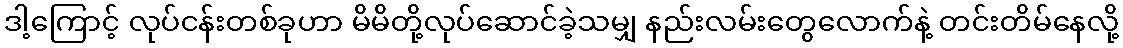
ဒါ့ကြောင့် လုပ်ငန်းတစ်ခုဟာ မိမိတို့လုပ်ဆောင်ခဲ့သမျှ နည်းလမ်းတွေလောက်နဲ့ တင်းတိမ်နေလို့